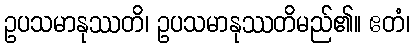
ဥပသမာနုဿတိ၊ ဥပသမာနုဿတိမည်၏။ ဧတံ၊